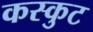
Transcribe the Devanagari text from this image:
कस्कुट